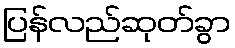
ပြန်လည်ဆုတ်ခွာ